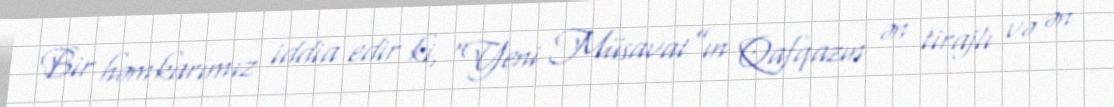
Bir həmkarımız iddia edir ki, “Yeni Müsavat”ın Qafqazın ən tirajlı və ən